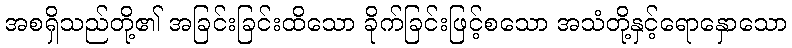
အစရှိသည်တို့၏ အခြင်းခြင်းထိသော ခိုက်ခြင်းဖြင့်စသော အသံတို့နှင့်ရောနှောသော